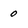
Character: 0